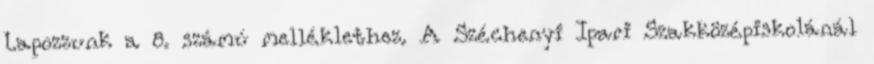
Lapozzunk a 8. számú melléklethez. A Széchenyi Ipari Szakközépiskolánál